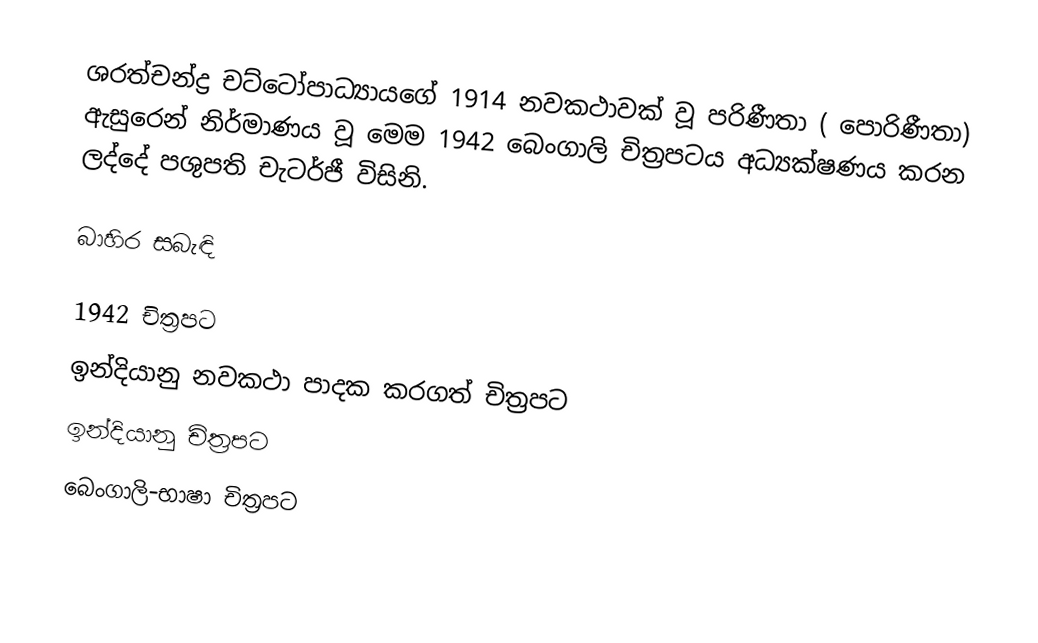
ශරත්චන්ද්‍ර චට්ටෝපාධ්‍යායගේ 1914 නවකථාවක් වූ පරිණීතා ( පොරිණීතා) ඇසුරෙන් නිර්මාණය වූ මෙම 1942 බෙංගාලි චිත්‍රපටය අධ්‍යක්ෂණය කරන ලද්දේ පශුපති චැටර්ජී විසිනි.

බාහිර සබැඳි

1942 චිත්‍රපට
ඉන්දියානු නවකථා පාදක කරගත් චිත්‍රපට
ඉන්දියානු චිත්‍රපට
බෙංගාලි-භාෂා චිත්‍රපට